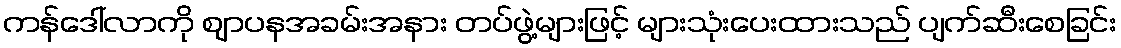
ကန်ဒေါ်လာကို ဈာပနအခမ်းအနား တပ်ဖွဲ့များဖြင့် များသုံးပေးထားသည် ပျက်ဆီးစေခြင်း